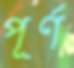
পূর্ণ